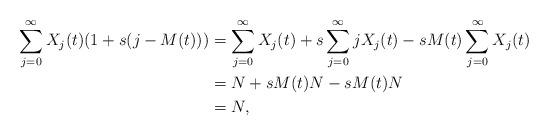
LaTeX: \begin{align*}\sum_{j=0}^{\infty} X_j(t)(1 + s(j - M(t))) &= \sum_{j=0}^{\infty} X_j(t) + s \sum_{j=0}^{\infty} j X_j(t) - s M(t) \sum_{j=0}^{\infty} X_j(t) \\&= N + s M(t) N - s M(t) N \\&= N,\end{align*}